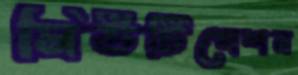
মিউটিগেশন